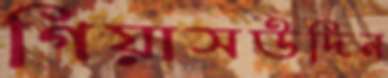
গিয়াসউদিন